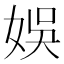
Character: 娛